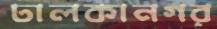
ঢালকানগর